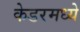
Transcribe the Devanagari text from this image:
केडरमध्ये